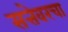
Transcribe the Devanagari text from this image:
सत्तेवरचा